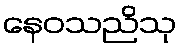
နေဝသညိသု